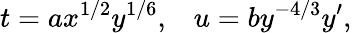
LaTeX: t=ax^{1/2}y^{1/6},\; \; \; u=by^{-4/3}y^{\prime},